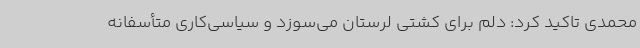
محمدی تاکید کرد: دلم برای کشتی لرستان می‌سوزد و سیاسی‌کاری متأسفانه